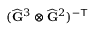
( \widehat { \mathbf { G } } ^ { 3 } \otimes \widehat { \mathbf { G } } ^ { 2 } ) ^ { - \top }